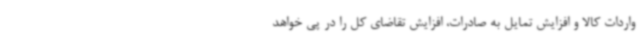
واردات کالا و افزایش تمایل به صادرات، افزایش تقاضای کل را در پی خواهد